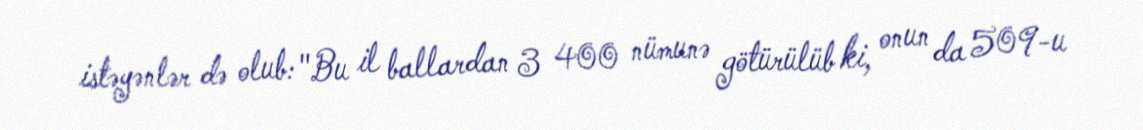
istəyənlər də olub: "Bu il ballardan 3 400 nümunə götürülüb ki, onun da 509-u